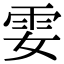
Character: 𩁻